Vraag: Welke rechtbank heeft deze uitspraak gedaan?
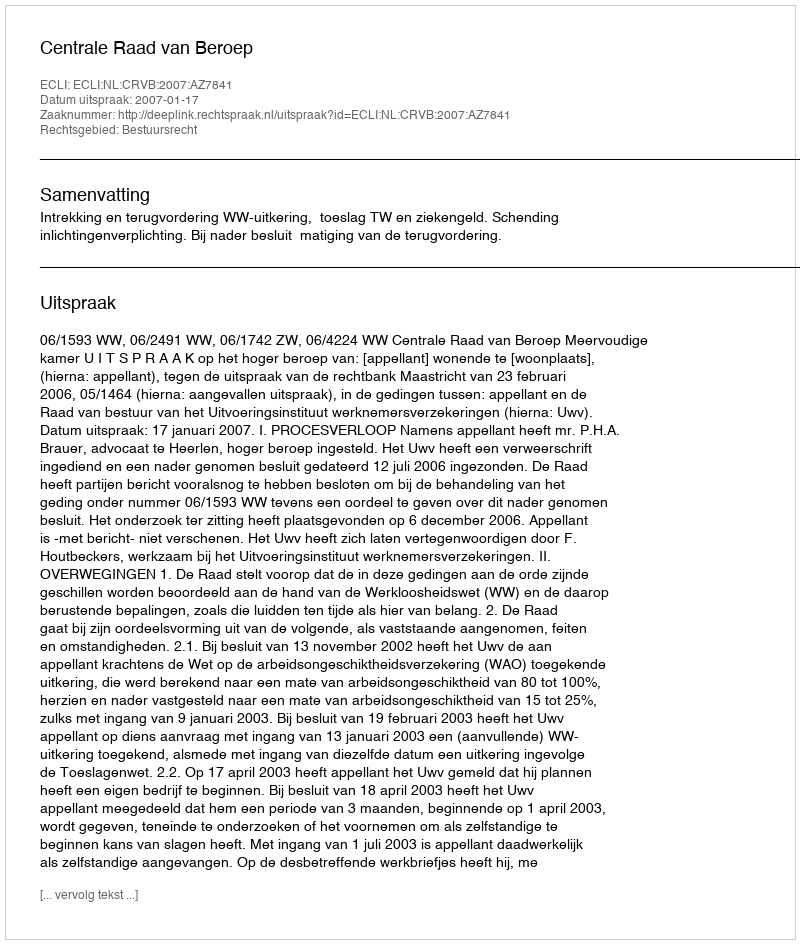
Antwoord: Centrale Raad van Beroep